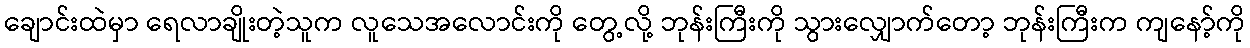
ချောင်းထဲမှာ ရေလာချိုးတဲ့သူက လူသေအလောင်းကို တွေ့လို့ ဘုန်းကြီးကို သွားလျှောက်တော့ ဘုန်းကြီးက ကျနော့်ကို